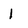
Character: l